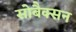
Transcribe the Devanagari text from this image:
सोबैक्सन